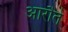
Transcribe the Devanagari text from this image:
आरौते